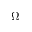
\Omega